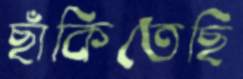
ছাঁকিতেছি